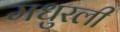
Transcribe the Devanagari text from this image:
मधुरली